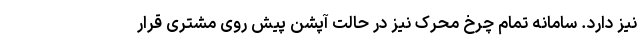
نیز دارد. سامانه تمام چرخ محرک نیز در حالت آپشن پیش روی مشتری قرار